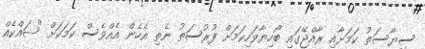
ސިޔާސަތު ކަމަށާއި ރާއްޖޭގައި ބޯހިޔާވަހިކަމަށް ފުރުސަތު ނެތި އެހެން އެއްވެސް ކަމަކަށް "ޝައްކެއް